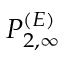
P _ { 2 , \infty } ^ { ( E ) }